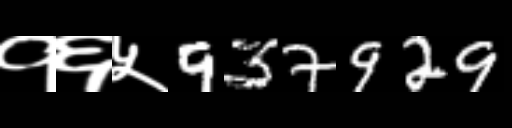
Text: १६५937929